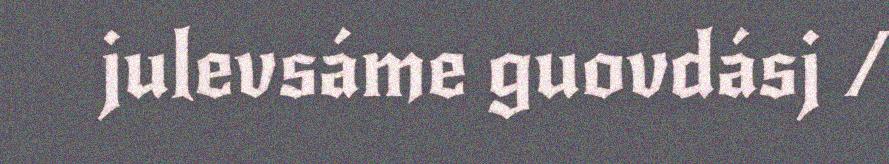
julevsáme guovdásj /